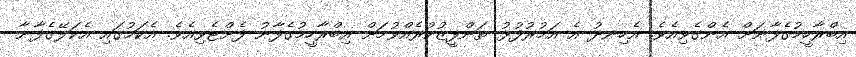
އިބްރާހީމުގެފާނަށް އެންގެވިއެވެ. އެހިނދު އެ އަމުރުފުޅު ތަންފީޒުކުރެއްވުމަށް އިބްރާހީމުގެފާނު ފެށްޓެވިއެވެ. އެކަމުގައި އެކަލޭގެފާނާ